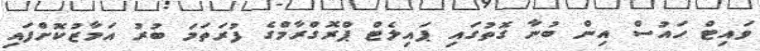
ވައިޓް ހައުސް އިން ބުނާ ގޮތުގައި ޕައިލެޓް ޕްރޮގްރާމްގެ ފުރަތަމަ ބުރު އަމާޒުކޮށްފައި